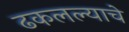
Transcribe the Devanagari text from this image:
ढकलल्याचे